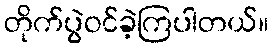
တိုက်ပွဲဝင်ခဲ့ကြပါတယ်။